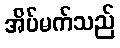
အိပ်မက်သည်